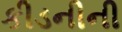
કીડનીની